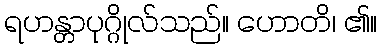
ရဟန္တာပုဂ္ဂိုလ်သည်။ ဟောတိ၊ ၏။